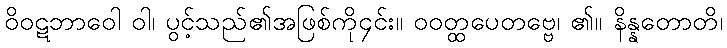
ဝိဝဋဘာဝေါ ဝါ၊ ပွင့်သည်၏အဖြစ်ကို၄င်း။ ဝဝတ္ထပေတဗ္ဗေ၊ ၏။ နိန္နတောတိ၊